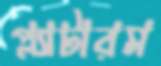
প্ল্যাটারম